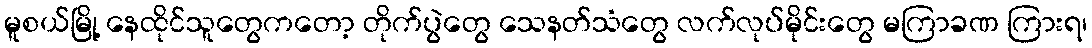
မူစယ်မြို့ နေထိုင်သူတွေကတော့ တိုက်ပွဲတွေ သေနတ်သံတွေ လက်လုပ်မိုင်းတွေ မကြာခဏ ကြားရ၊